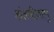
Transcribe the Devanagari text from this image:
अंडबीजाणु